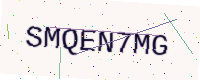
Text: SMQEN7MG